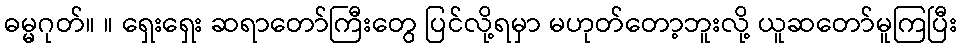
ဓမ္မဂုတ်။ ။ ရှေးရှေး ဆရာတော်ကြီးတွေ ပြင်လို့ရမှာ မဟုတ်တော့ဘူးလို့ ယူဆတော်မူကြပြီး